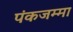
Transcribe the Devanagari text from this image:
पंकजम्मा